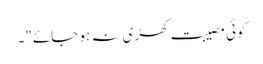
کوئی مصیبت کھڑی نہ ہو جائے"۔